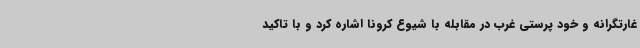
غارتگرانه و خود پرستی غرب در مقابله با شیوع کرونا اشاره کرد و با تاکید